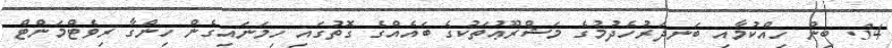
34. ބިން ހިއްކުމާއި ބަނދަރުހެދުމުގެ މަޝްރޫޢުތަކުގެ ބައެއްގެ ގޮތުގައި ހިމަނައިގެން ހިންގާ ރިވެޓްމަންޓް